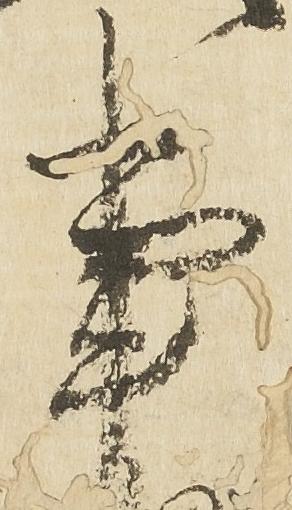
事